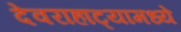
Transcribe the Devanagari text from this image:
देवराहाट्यामध्ये